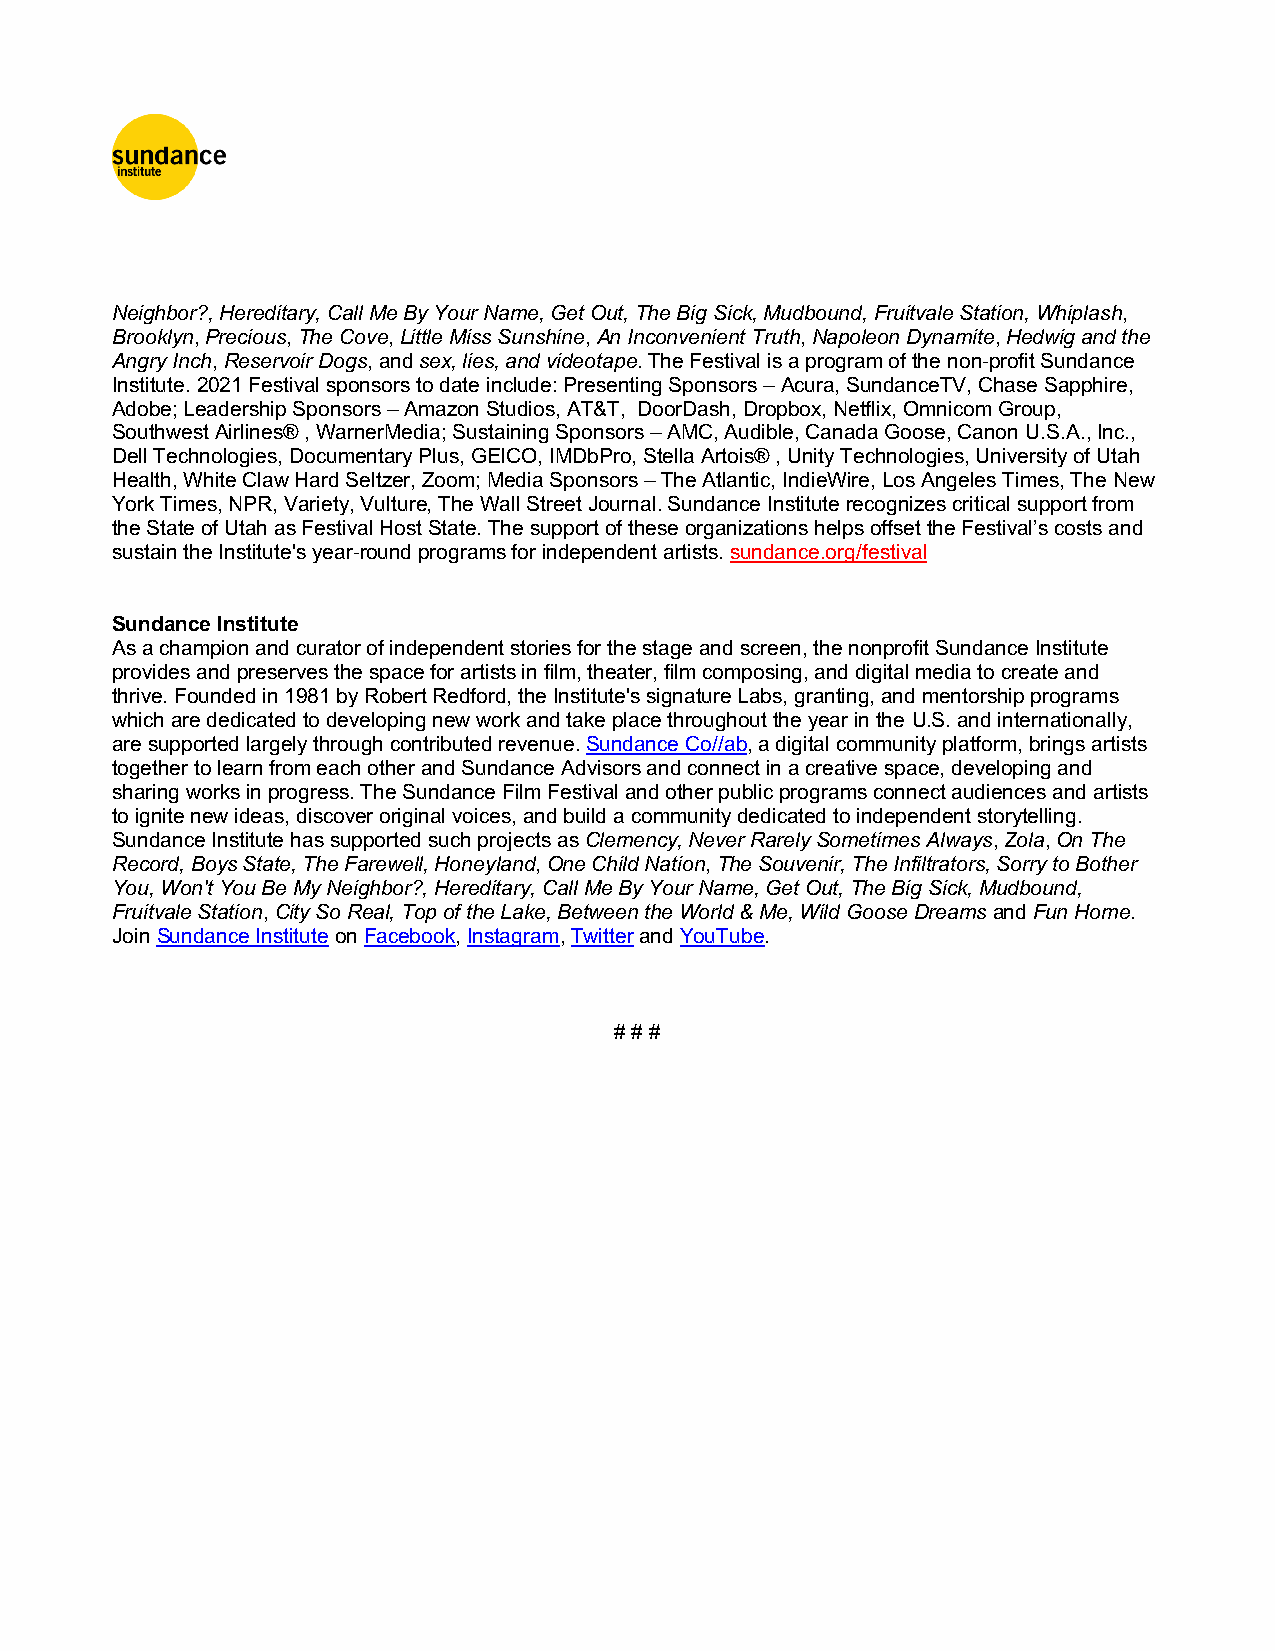
Neighbor?, Hereditary, Call Me By Your Name, Get Out, The Big Sick, Mudbound, Fruitvale Station, Whiplash,
 Brooklyn, Precious, The Cove, Little Miss Sunshine, An Inconvenient Truth, Napoleon Dynamite, Hedwig and the
 Angry Inch, Reservoir Dogs, and sex, lies, and videotape. The Festival is a program of the non-profit Sundance
 Institute. 2021 Festival sponsors to date include: Presenting Sponsors – Acura, SundanceTV, Chase Sapphire,
 Adobe; Leadership Sponsors – Amazon Studios, AT&T, DoorDash, Dropbox, Netflix, Omnicom Group,
 Southwest Airlines® , WarnerMedia; Sustaining Sponsors – AMC, Audible, Canada Goose, Canon U.S.A., Inc.,
 Dell Technologies, Documentary Plus, GEICO, IMDbPro, Stella Artois® , Unity Technologies, University of Utah
 Health, White Claw Hard Seltzer, Zoom; Media Sponsors – The Atlantic, IndieWire, Los Angeles Times, The New
 York Times, NPR, Variety, Vulture, The Wall Street Journal. Sundance Institute recognizes critical support from
 the State of Utah as Festival Host State. The support of these organizations helps offset the Festival’s costs and
 sustain the Institute's year-round programs for independent artists. sundance.org/festival
 Sundance Institute
 As a champion and curator of independent stories for the stage and screen, the nonprofit Sundance Institute
 provides and preserves the space for artists in film, theater, film composing, and digital media to create and
 thrive. Founded in 1981 by Robert Redford, the Institute's signature Labs, granting, and mentorship programs
 which are dedicated to developing new work and take place throughout the year in the U.S. and internationally,
 are supported largely through contributed revenue. Sundance Co//ab, a digital community platform, brings artists
 together to learn from each other and Sundance Advisors and connect in a creative space, developing and
 sharing works in progress. The Sundance Film Festival and other public programs connect audiences and artists
 to ignite new ideas, discover original voices, and build a community dedicated to independent storytelling.
 Sundance Institute has supported such projects as Clemency, Never Rarely Sometimes Always, Zola, On The
 Record, Boys State, The Farewell, Honeyland, One Child Nation, The Souvenir, The Infiltrators, Sorry to Bother
 You, Won't You Be My Neighbor?, Hereditary, Call Me By Your Name, Get Out, The Big Sick, Mudbound,
 Fruitvale Station, City So Real, Top of the Lake, Between the World & Me, Wild Goose Dreams and Fun Home.
 Join Sundance Institute on Facebook, Instagram, Twitter and YouTube.
 # # #